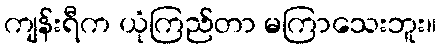
ကျန်းရီက ယုံကြည်တာ မကြာသေးဘူး။